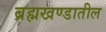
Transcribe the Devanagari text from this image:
ब्रह्मखण्डातील